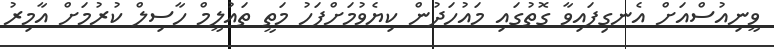
ވީނިއުސްއަށް އެނގިފައިވާ ގޮތުގައި މައުހަދުން ކިޔެވުމަށްފަހު މަތީ ތައުލީމް ހާސިލް ކުރުމަށް އާމިރު